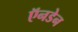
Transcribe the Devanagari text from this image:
ऍनडेन